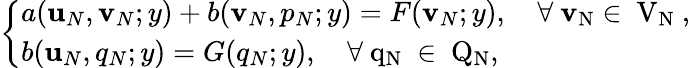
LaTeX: \left\{ \begin{array}{ll}{a(\textbf{u}_{N},\textbf{v}_{N};y)+b(\textbf{v}_{N},p_{N};y)=F(\textbf{v}_{N};y),\mathrm{\ \ \ ~\forall~\textbf{v}_{N}\in~V_{N}~},}\\ {b(\textbf{u}_{N},q_{N};y)=G(q_{N};y),\mathrm{~\ \ ~\forall~q_{N}~\in~Q_{N},~}}\end{array}\right.